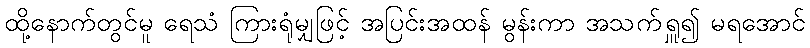
ထို့နောက်တွင်မူ ရေသံ ကြားရုံမျှဖြင့် အပြင်းအထန် မွန်းကာ အသက်ရှူ၍ မရအောင်